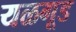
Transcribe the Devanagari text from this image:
यळगूड